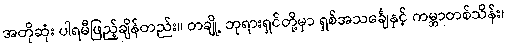
အတိုဆုံး ပါရမီဖြည့်ချိန်တည်း။ တချို့ ဘုရားရှင်တို့မှာ ရှစ်အသင်္ချေနှင့် ကမ္ဘာတစ်သိန်း၊